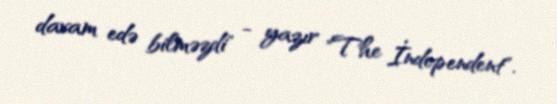
davam edə bilməzdi" - yazır "The İndependent".